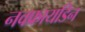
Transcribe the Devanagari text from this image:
नवफ्रायडिन